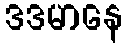
ဒဒမာနေ